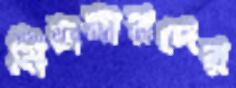
নিলমারদের